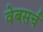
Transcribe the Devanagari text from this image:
वेबसर्च